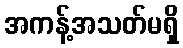
အကန့်အသတ်မရှိ